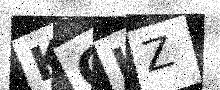
Text: KCKZ